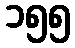
၁၅၅